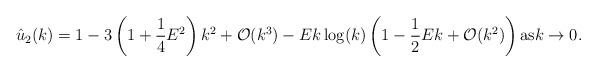
LaTeX: \begin{align*}\hat{u}_2(k) = 1 - 3 \left(1 + \frac{1}{4} E^2 \right) k^2 + \mathcal{O}(k^3)- E k \log(k) \left( 1 - \frac{1}{2} E k + \mathcal{O}(k^2) \right) \mbox{\rm as} k \to 0.\end{align*}